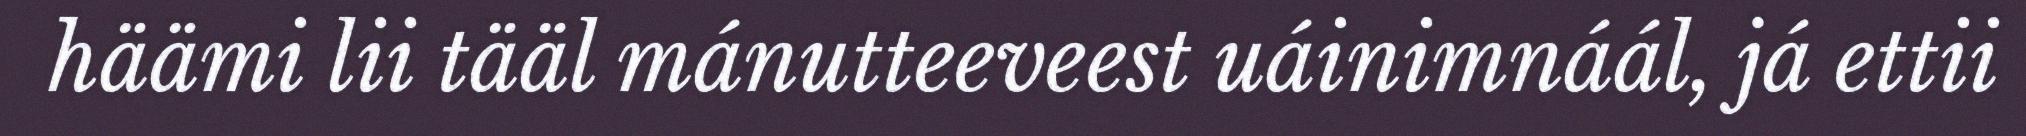
häämi lii tääl mánutteeveest uáinimnáál, já ettii